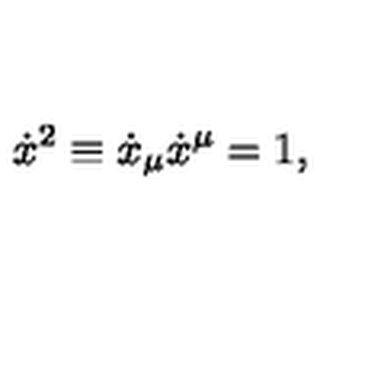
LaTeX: \dot { x } ^ { 2 } \equiv \dot { x } _ { \mu } \dot { x } ^ { \mu } = 1 ,